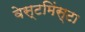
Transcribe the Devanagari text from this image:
वेस्टमिंस्टा